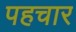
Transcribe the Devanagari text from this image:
पहचार